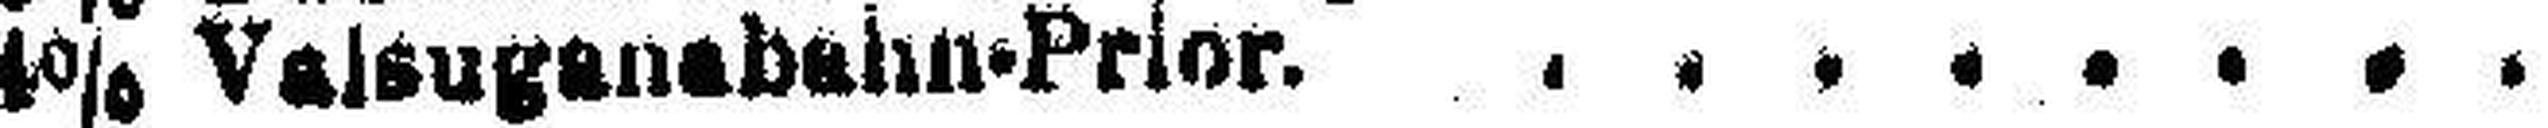
4% Valsuganabahn-Prior.